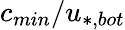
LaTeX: c_{min}/u_{*,bot}